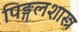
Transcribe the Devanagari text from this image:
पिङ्गलशास्त्र